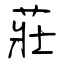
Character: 莊